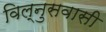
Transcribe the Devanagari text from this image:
विल्नुसवासी